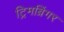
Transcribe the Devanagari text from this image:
ट्रिमब्रिंगर